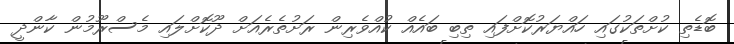
ބޮޑެތި ކުށްތަކުގައި ހައްޔަރުކޮށްފައި ތިބި ބައެއް ކުއްވެރިން ރަށުތެރެއަށް ދޫކޮށްލައި މެސްރޫމުން ކާންދީ